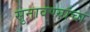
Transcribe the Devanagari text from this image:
सुनावण्यांचा